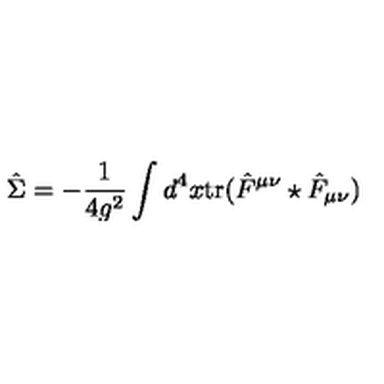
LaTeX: \hat { \Sigma } = - \frac { 1 } { 4 g ^ { 2 } } \int d ^ { 4 } x \mathrm { t r } ( \hat { F } ^ { \mu \nu } \star \hat { F } _ { \mu \nu } )